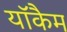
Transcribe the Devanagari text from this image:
यॉकैम